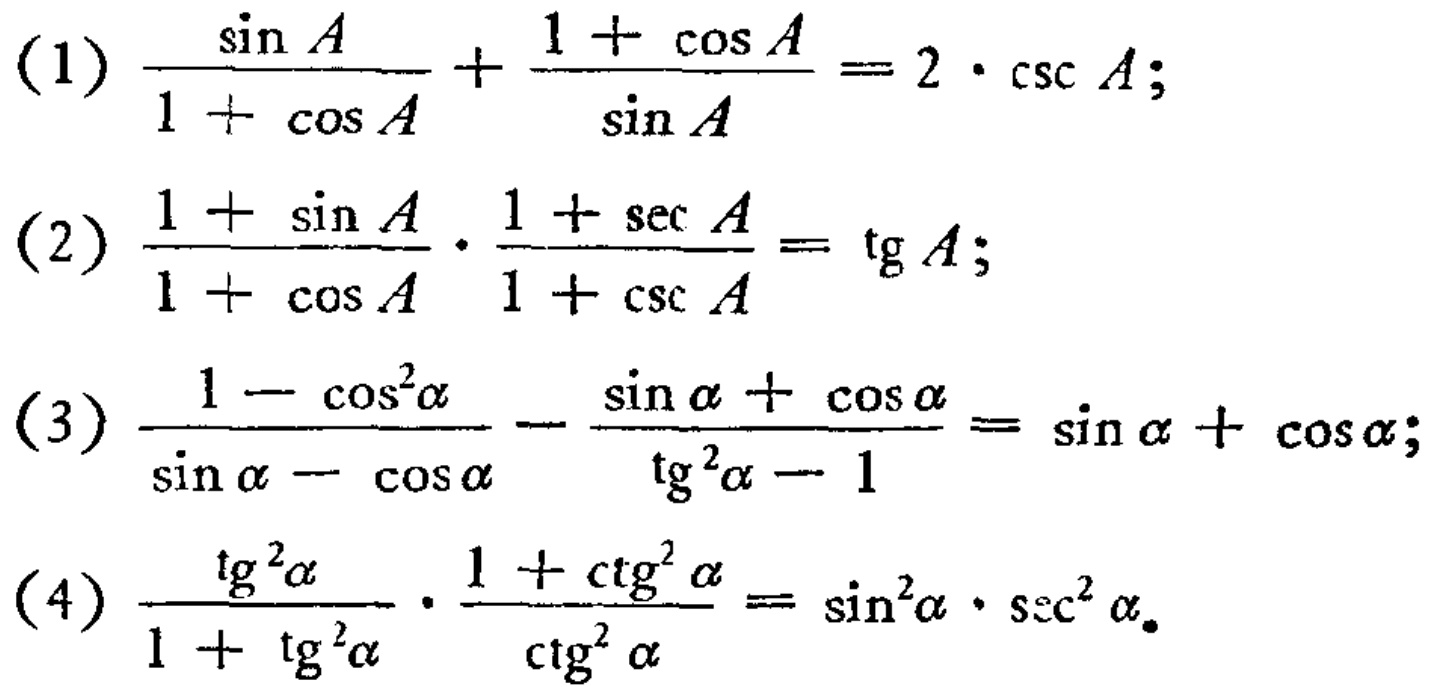
(1) \(\frac{\sin A}{1 + \cos A}+\frac{1 + \cos A}{\sin A}=2\cdot\csc A\);
(2) \(\frac{1 + \sin A}{1 + \cos A}\cdot\frac{1 + \sec A}{1 + \csc A}=\tg A\);
(3) \(\frac{1 - \cos^{2}\alpha}{\sin\alpha - \cos\alpha}-\frac{\sin\alpha+\cos\alpha}{\tg^{2}\alpha - 1}=\sin\alpha+\cos\alpha\);
(4) \(\frac{\tg^{2}\alpha}{1 + \tg^{2}\alpha}\cdot\frac{1 + \ctg^{2}\alpha}{\ctg^{2}\alpha}=\sin^{2}\alpha\cdot\sec^{2}\alpha\).